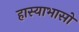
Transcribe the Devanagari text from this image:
हास्याभासो